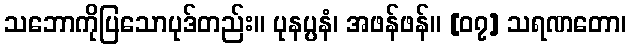
သဘောကိုပြသောပုဒ်တည်း။ ပုနပ္ပနံ၊ အဖန်ဖန်။ [၀၇] သရဏတော၊